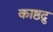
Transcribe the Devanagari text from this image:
काष्ठद्रु